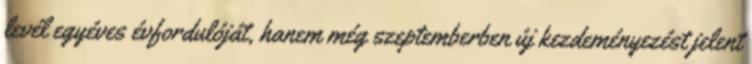
levél egyéves évfordulóját, hanem még szeptemberben új kezdeményezést jelent